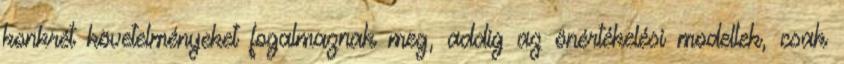
konkrét követelményeket fogalmaznak meg, addig az önértékelési modellek, csak